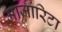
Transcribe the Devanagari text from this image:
माजारिटा